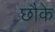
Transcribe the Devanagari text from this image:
छौके